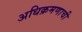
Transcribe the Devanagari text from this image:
अधिक्रमणाची